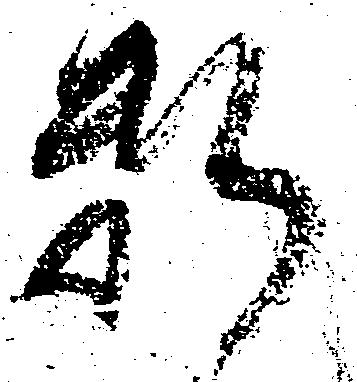
料